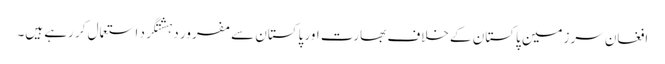
افغان سرزمین پاکستان کے خلاف بھارت اور پاکستان سے مفرور دہشتگرد استعمال کر رہے ہیں۔